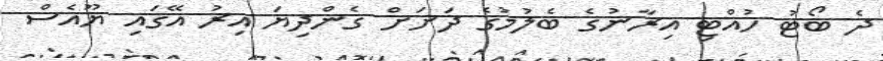
ދެ ބޯޓު ހުއްޓި އިރާނުގެ ބެލުމުގެ ދަށަށް ގެންދިޔަ އިރު އޭގައި ޔޫއެސް